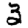
Digit: 3